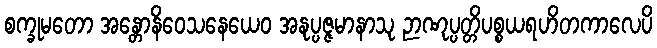
စက္ခုမတော အန္တောနိဝေသနေယေဝ အနုပ္ပဇ္ဇမာနာသု ဉာဏုပ္ပတ္တိပစ္စယရဟိတကာလေပိ